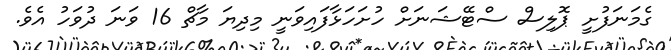
ގެމަނަފުށީ ޕޮލިސް ސްޓޭޝަނަށް ހުށަހަޅާފައިވަނީ މިދިޔަ މާޗް 16 ވަނަ ދުވަހު އެވެ.